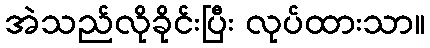
အဲသည်လိုခိုင်းပြီး လုပ်ထားသာ။